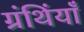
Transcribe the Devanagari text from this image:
ग्रंथिंयाँ